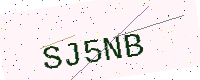
Text: SJ5NB